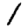
Digit: 1